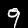
Digit: 9